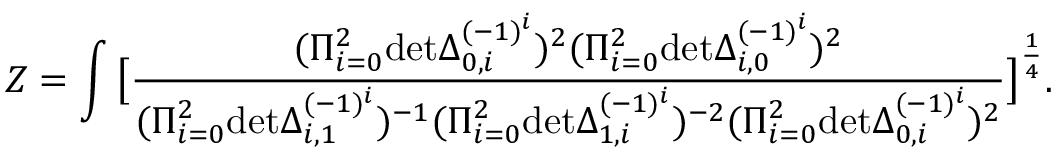
Z = \int \big [ { \frac { ( \Pi _ { i = 0 } ^ { 2 } \mathrm { d e t } \Delta _ { 0 , i } ^ { ( - 1 ) ^ { i } } ) ^ { 2 } ( \Pi _ { i = 0 } ^ { 2 } \mathrm { d e t } \Delta _ { i , 0 } ^ { ( - 1 ) ^ { i } } ) ^ { 2 } } { ( \Pi _ { i = 0 } ^ { 2 } \mathrm { d e t } \Delta _ { i , 1 } ^ { ( - 1 ) ^ { i } } ) ^ { - 1 } ( \Pi _ { i = 0 } ^ { 2 } \mathrm { d e t } \Delta _ { 1 , i } ^ { ( - 1 ) ^ { i } } ) ^ { - 2 } ( \Pi _ { i = 0 } ^ { 2 } \mathrm { d e t } \Delta _ { 0 , i } ^ { ( - 1 ) ^ { i } } ) ^ { 2 } } } \big ] ^ { \frac { 1 } { 4 } } .